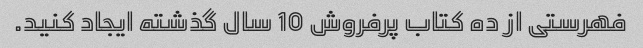
فهرستی از ده کتاب پرفروش 10 سال گذشته ایجاد کنید.